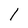
Character: 1